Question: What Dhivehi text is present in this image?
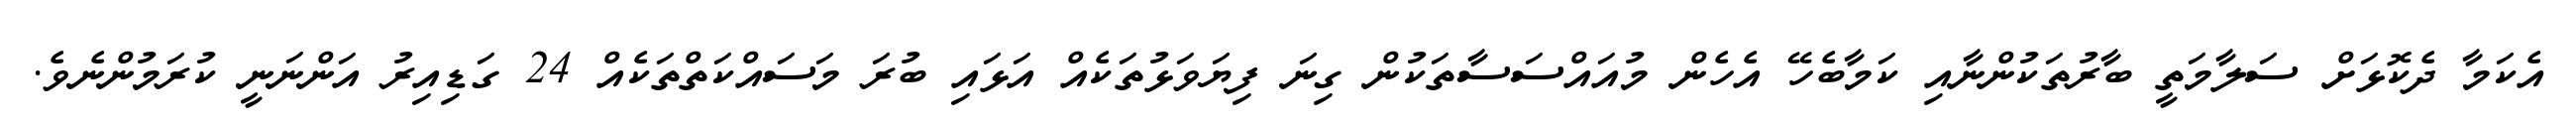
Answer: އެކަމާ ދެކޮޅަށް ސަލާމަތީ ބާރުތަކުންނާއި ކަމާބެހޭ އެހެން މުއައްސަސާތަކުން ގިނަ ފިޔަވަޅުތަކެއް އަޅައި ބުރަ މަސައްކަތްތަކެއް 24 ގަޑިއިރު އަންނަނީ ކުރަމުންނެވެ.